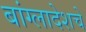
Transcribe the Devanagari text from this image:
बांग्लादेशचे